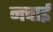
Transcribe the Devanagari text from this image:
नचाई